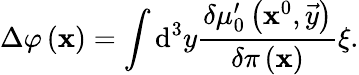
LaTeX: \Delta\varphi\left(\mathbf{x}\right)=\int\mathrm{{d}}^{3}y\frac{{\delta\mu_{0}^{\prime}\left(\mathbf{x}^{0},\vec{{y}}\right)}}{{\delta\pi\left(\mathbf{x}\right)}}\xi.